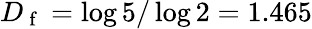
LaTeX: D_{\mathrm{~f~}}=\log 5/\log 2=1.465